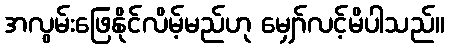
အလွမ်းဖြေနိုင်လိမ့်မည်ဟု မျှော်လင့်မိပါသည်။